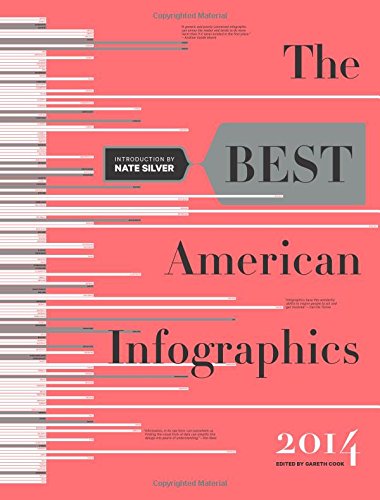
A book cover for The Best American Infographics 2014; Humor & Entertainment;